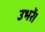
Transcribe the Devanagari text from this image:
उभरें।